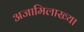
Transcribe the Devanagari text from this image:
अजामिलाख्या